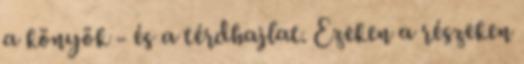
a könyök - és a térdhajlat. Ezeken a részeken